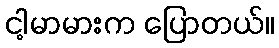
ငါ့မာမားက ပြောတယ်။